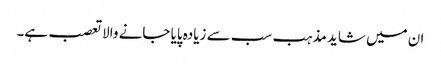
ان میں شاید مذہب سب سے زیادہ پایا جانے والاتعصب ہے۔